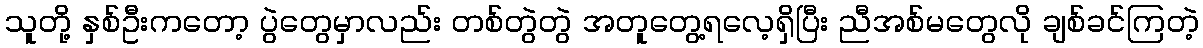
သူတို့ နှစ်ဦးကတော့ ပွဲတွေမှာလည်း တစ်တွဲတွဲ အတူတွေ့ရလေ့ရှိပြီး ညီအစ်မတွေလို ချစ်ခင်ကြတဲ့